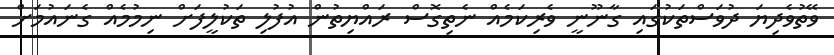
ވޭތުވެދިޔަ ދުވަސްތަކުގައި ގާނޫނީ ވެރިކަމެއް ނެތިގޮސް ރައްޔިތުން އުފުލި ތަކުލީފަށް ނިމުމެއް ގެނައުމަށް